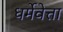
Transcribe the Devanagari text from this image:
धर्मेवेत्ता